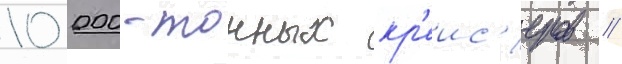
10 000-тонных кр'еис'еров //